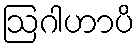
ဩဂါဟာပိ